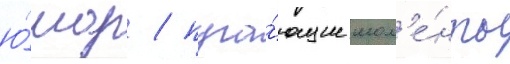
ю́мор / пуга́ющие мом'е́нты